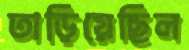
তাড়িয়েছিল